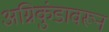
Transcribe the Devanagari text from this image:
अग्निकुंडावरून